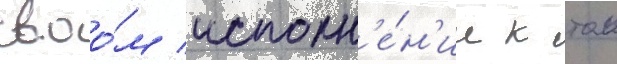
своо́м исполн'е́н'ии к тои